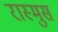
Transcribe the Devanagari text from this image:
रास्मुस